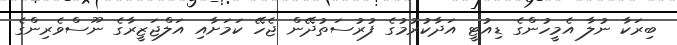
ބިރަކާ ނުލާ އެމީހުންގެ ޑިއުޓީ އަދާކުރުމުގެ ފުރުސަތުދޭން ޖެހޭ ކަމަށާއި އަލްޖަޒީރާގެ ނޫސްވެރިންގެ